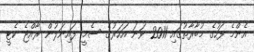
އެންމެ ފަހުގެ މުބާރާތުގައި 2011 ވަނަ އަހަރުގެ ސެމީ ފައިނަލުން ރާއްޖެ ކެޓީ